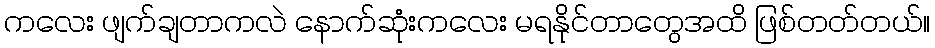
ကလေး ဖျက်ချတာကလဲ နောက်ဆုံးကလေး မရနိုင်တာတွေအထိ ဖြစ်တတ်တယ်။